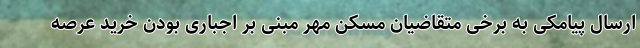
ارسال پیامکی به برخی متقاضیان مسکن مهر مبنی بر اجباری بودن خرید عرصه